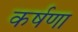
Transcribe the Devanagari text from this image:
कर्षणा